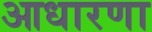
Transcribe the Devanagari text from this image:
आधारणा